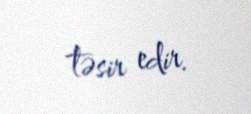
təsir edir.